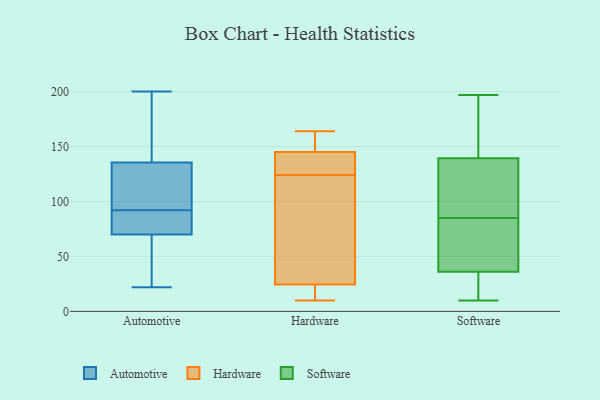
{"axis": {"x": "Temperature (°C)", "y": "Value"}, "legend": ["Automotive", "Hardware", "Software"], "data": [{"x": "", "y": 73, "type": "Automotive"}, {"x": "", "y": 103, "type": "Automotive"}, {"x": "", "y": 92, "type": "Automotive"}, {"x": "", "y": 76, "type": "Automotive"}, {"x": "", "y": 54, "type": "Automotive"}, {"x": "", "y": 156, "type": "Automotive"}, {"x": "", "y": 25, "type": "Automotive"}, {"x": "", "y": 61, "type": "Automotive"}, {"x": "", "y": 73, "type": "Automotive"}, {"x": "", "y": 77, "type": "Automotive"}, {"x": "", "y": 200, "type": "Automotive"}, {"x": "", "y": 116, "type": "Automotive"}, {"x": "", "y": 163, "type": "Automotive"}, {"x": "", "y": 134, "type": "Automotive"}, {"x": "", "y": 142, "type": "Automotive"}, {"x": "", "y": 22, "type": "Automotive"}, {"x": "", "y": 69, "type": "Automotive"}, {"x": "", "y": 136, "type": "Automotive"}, {"x": "", "y": 128, "type": "Automotive"}, {"x": "", "y": 148, "type": "Hardware"}, {"x": "", "y": 33, "type": "Hardware"}, {"x": "", "y": 29, "type": "Hardware"}, {"x": "", "y": 118, "type": "Hardware"}, {"x": "", "y": 23, "type": "Hardware"}, {"x": "", "y": 134, "type": "Hardware"}, {"x": "", "y": 164, "type": "Hardware"}, {"x": "", "y": 10, "type": "Hardware"}, {"x": "", "y": 161, "type": "Hardware"}, {"x": "", "y": 136, "type": "Hardware"}, {"x": "", "y": 12, "type": "Hardware"}, {"x": "", "y": 128, "type": "Hardware"}, {"x": "", "y": 16, "type": "Hardware"}, {"x": "", "y": 157, "type": "Hardware"}, {"x": "", "y": 111, "type": "Hardware"}, {"x": "", "y": 124, "type": "Hardware"}, {"x": "", "y": 21, "type": "Hardware"}, {"x": "", "y": 128, "type": "Hardware"}, {"x": "", "y": 148, "type": "Hardware"}, {"x": "", "y": 110, "type": "Software"}, {"x": "", "y": 130, "type": "Software"}, {"x": "", "y": 22, "type": "Software"}, {"x": "", "y": 10, "type": "Software"}, {"x": "", "y": 125, "type": "Software"}, {"x": "", "y": 48, "type": "Software"}, {"x": "", "y": 152, "type": "Software"}, {"x": "", "y": 73, "type": "Software"}, {"x": "", "y": 197, "type": "Software"}, {"x": "", "y": 62, "type": "Software"}, {"x": "", "y": 17, "type": "Software"}, {"x": "", "y": 35, "type": "Software"}, {"x": "", "y": 140, "type": "Software"}, {"x": "", "y": 10, "type": "Software"}, {"x": "", "y": 85, "type": "Software"}, {"x": "", "y": 170, "type": "Software"}, {"x": "", "y": 39, "type": "Software"}, {"x": "", "y": 137, "type": "Software"}, {"x": "", "y": 168, "type": "Software"}]}